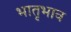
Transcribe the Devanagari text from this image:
भातृभाव